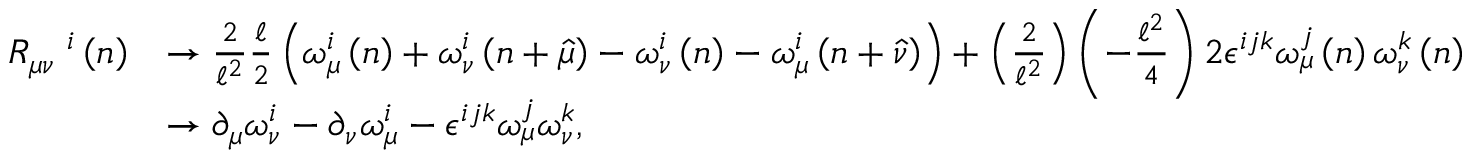
\begin{array} { r l } { R _ { \mu \nu } ^ { \quad i } \left( n \right) } & { \rightarrow \frac { 2 } { \mathcal { \ell } ^ { 2 } } \frac { \mathcal { \ell } } { 2 } \left( \omega _ { \mu } ^ { i } \left( n \right) + \omega _ { \nu } ^ { i } \left( n + \widehat { \mu } \right) - \omega _ { \nu } ^ { i } \left( n \right) - \omega _ { \mu } ^ { i } \left( n + \widehat { \nu } \right) \right) + \left( \frac { 2 } { \mathcal { \ell } ^ { 2 } } \right) \left( - \frac { \mathcal { \ell } ^ { 2 } } { 4 } \right) 2 \epsilon ^ { i j k } \omega _ { \mu } ^ { j } \left( n \right) \omega _ { \nu } ^ { k } \left( n \right) } \\ & { \rightarrow \partial _ { \mu } \omega _ { \nu } ^ { i } - \partial _ { \nu } \omega _ { \mu } ^ { i } - \epsilon ^ { i j k } \omega _ { \mu } ^ { j } \omega _ { \nu } ^ { k } , } \end{array}